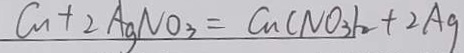
C u + 2 A g N O _ { 3 } = C u ( N O _ { 3 } ) _ { 2 } + 2 A g